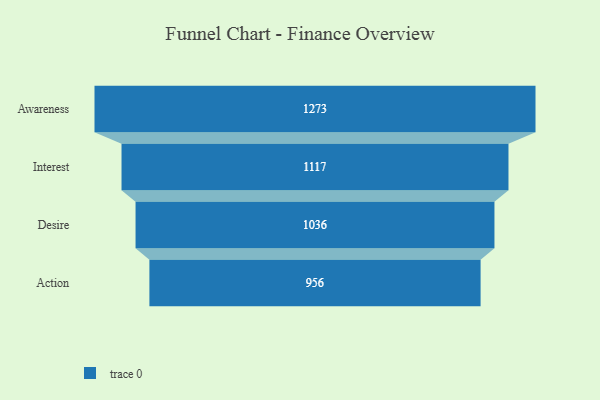
{"axis": {"x": "Stage", "y": "Value"}, "legend": [""], "data": [{"x": "Awareness", "y": 1273.0, "type": ""}, {"x": "Interest", "y": 1117.0, "type": ""}, {"x": "Desire", "y": 1036.0, "type": ""}, {"x": "Action", "y": 956.0, "type": ""}]}